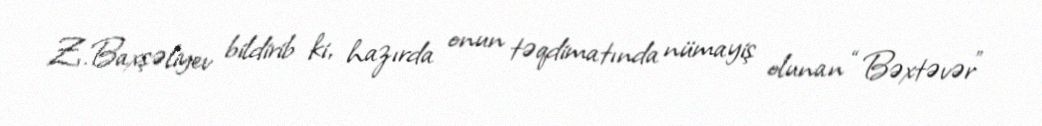
Z.Baxşəliyev bildirib ki, hazırda onun təqdimatında nümayiş olunan “Bəxtəvər”